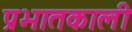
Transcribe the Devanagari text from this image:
प्रभातकाली